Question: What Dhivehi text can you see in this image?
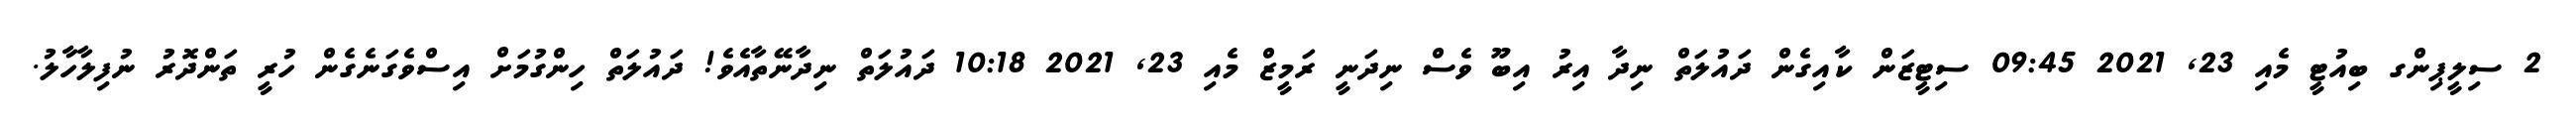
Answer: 2 ސިލީޕިންގ ބިއުޓީ މެއި 23, 2021 09:45 ސިޓީޒަން ކާއިގެން ދައުލަތް ނިދާ އިރު އިބޫ ވެސް ނިދަނީ ރަމީޒް މެއި 23, 2021 10:18 ދައުލަތް ނިދާނޭތާއެވެ! ދައުލަތް ހިންގުމަށް އިސްވެގަނެގެން ހުރީ ތަންދޮރު ނުފިލާހާލު.